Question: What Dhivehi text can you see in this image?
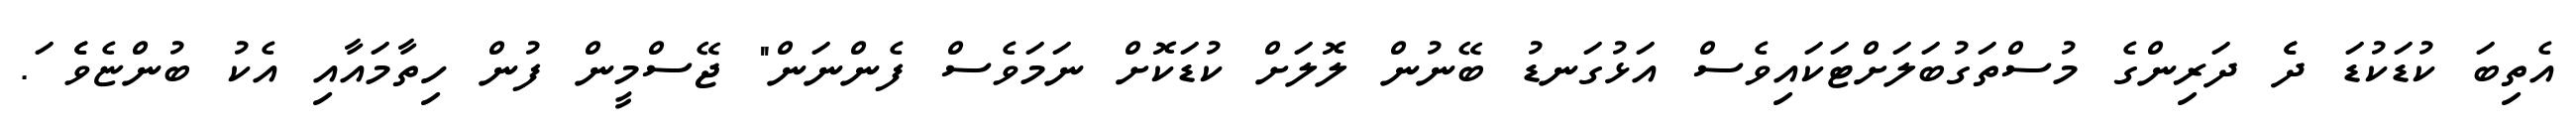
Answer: އެތިބަ ކުޑަކުޑަ ދެެ ދަރިންގެ މުސްތަގުބަލަށްޓަކައިވެސް އަޅުގަނޑު ބޭނުން ލޮލަށް ކުޑަކޮށް ނަމަވެސް ފެންނަން" ޖޭސްމީން ފުން ހިތާމައާއި އެކު ބުންޏެވެެ ަ.